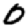
Digit: 0